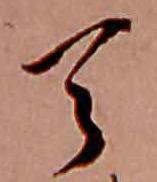
天